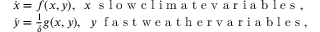
\begin{array} { r l } & { \dot { \boldsymbol { x } } = f ( \boldsymbol { x } , \boldsymbol { y } ) , \; \; \boldsymbol { x } \; \textrm { s l o w c l i m a t e v a r i a b l e s } , } \\ & { \dot { \boldsymbol { y } } = \frac { 1 } { \delta } g ( \boldsymbol { x } , \boldsymbol { y } ) , \; \; \boldsymbol { y } \; \textrm { f a s t w e a t h e r v a r i a b l e s } , } \end{array}